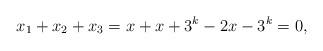
LaTeX: \begin{align*} x_1 + x_2 + x_3 = x + x + 3^k-2x-3^k = 0,\end{align*}